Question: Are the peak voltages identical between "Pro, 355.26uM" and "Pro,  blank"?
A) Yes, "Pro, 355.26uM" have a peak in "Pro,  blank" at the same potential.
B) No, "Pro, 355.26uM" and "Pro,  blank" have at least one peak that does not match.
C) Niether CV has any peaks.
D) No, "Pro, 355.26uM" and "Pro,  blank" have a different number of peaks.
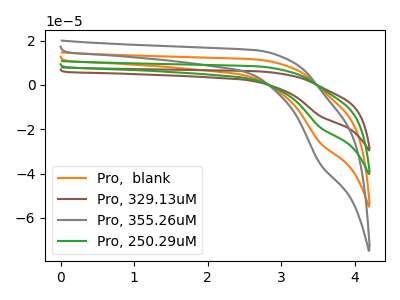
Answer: <think>The orange curve "Pro,  blank" has a cathodic peak at: (3.55V, -26.10uA). The brown curve "Pro, 329.13uM" has a cathodic peak at: (3.55V, -78.25uA). The gray curve "Pro, 355.26uM" has a cathodic peak at: (3.55V, -35.60uA). The green curve "Pro, 250.29uM" has a cathodic peak at: (3.55V, -52.20uA).</think>
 <answer>A) Yes, "Pro, 355.26uM" have a peak in "Pro,  blank" at the same potential.</answer>
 <eval>A</eval>